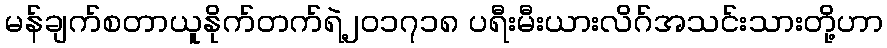
မန်ချက်စတာယူနိုက်တက်ရဲ့၂၀၁၇၁၈ ပရီးမီးယားလိဂ်အသင်းသားတို့ဟာ